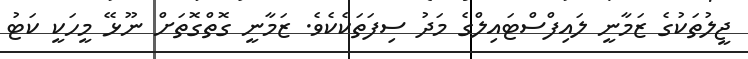
ޖީލުތަކުގެ ޒަމާނީ ލައިފްސްޓައިލްގެ މަދު ސިފަތަކެކެވެ. ޒަމާނީ ގޮތްގޮތަށް ނޫޅޭ މީހަކީ ކަޓު